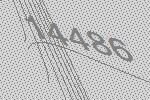
14486